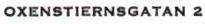
OXENSTIERNSGATAN 2